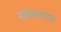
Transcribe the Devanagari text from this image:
रामनगरच्या